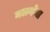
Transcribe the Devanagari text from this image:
मलगोवा